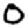
Digit: 0